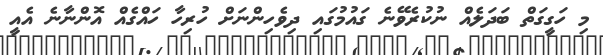
މި ހަގީގަތް ބަދަލެއް ނުކުރެވޭނެ ގައުމުގައި ދިވެހިންނަށް ހުރިހާ ހައްގެއް އޮންނާނެ އެއީ